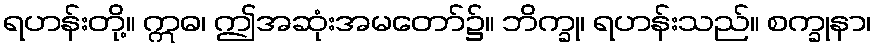
ရဟန်းတို့။ ဣဓ၊ ဤအဆုံးအမတော်၌။ ဘိက္ခု၊ ရဟန်းသည်။ စက္ခုနာ၊